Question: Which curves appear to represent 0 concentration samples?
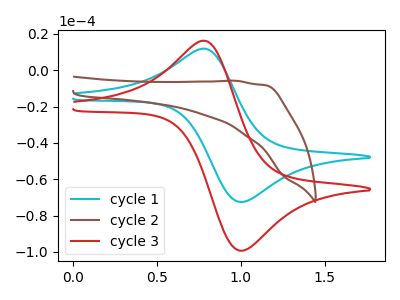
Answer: <think>The cyan curve "cycle 1" has an anodic peak at (0.80V, 11.75uA) and a cathodic peak at (1.00V, -72.60uA). The brown curve "cycle 2" has no peaks. The red curve "cycle 3" has an anodic peak at (0.80V, 16.10uA) and a cathodic peak at (1.00V, -99.40uA).</think>
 <answer>"cycle 2" is likely to be a blank.</answer>
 <eval>cycle 2</eval>